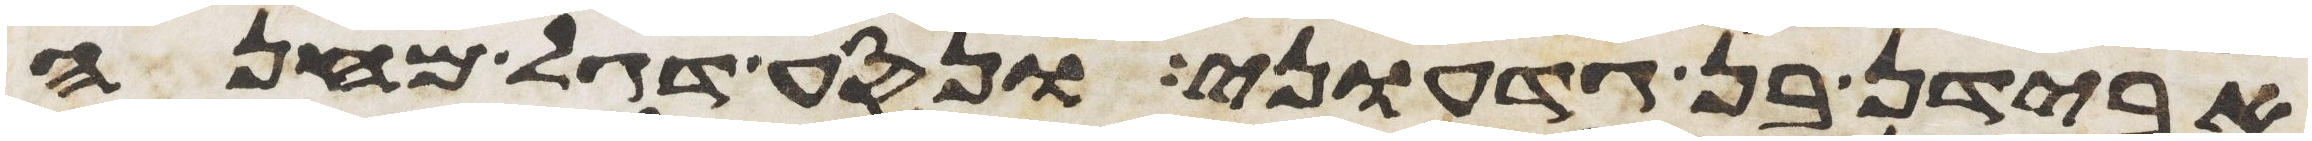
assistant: אבידן בן גדעוני ונסע דגל מחנה